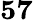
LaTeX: \mathbf{57}